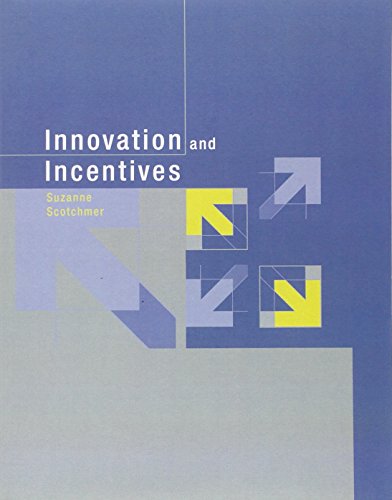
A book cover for Innovation and Incentives; Suzanne Scotchmer; Business & Money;